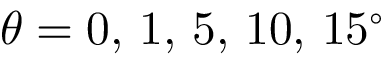
\theta = 0 , \, 1 , \, 5 , \, 1 0 , \, 1 5 ^ { \circ }